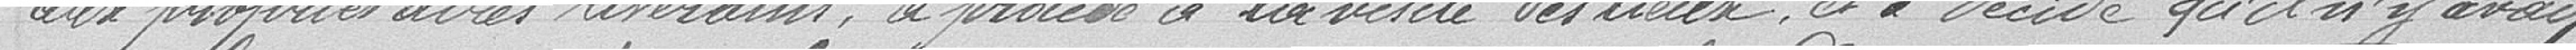
aux propriétaires riverains, à procéder à la visite des lieux, et a décidé qu'il n'y avait